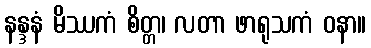
နန္ဒနံ မိဿကံ စိတ္တ၊ လတာ ဖာရုသကံ ဝနာ။